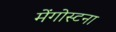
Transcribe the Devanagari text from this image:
मेंगोस्टना